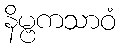
နိမ္ဗကသာဝံ